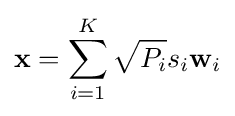
\mathbf {x} =\sum _{i=1}^{K}{\sqrt {P_{i}}}s_{i}\mathbf {w} _{i}